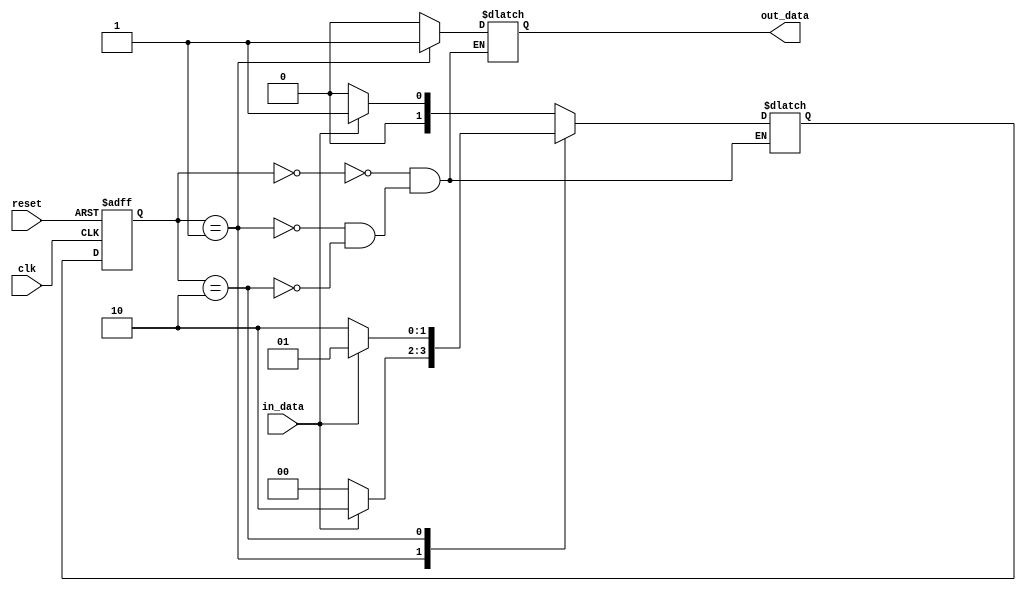
module moore_state_machine (
    input clk,
    input reset,
    input in_data,
    output reg out_data
);

// Define states
parameter STATE_0 = 2'b00;
parameter STATE_1 = 2'b01;
parameter STATE_2 = 2'b10;

// Define state register
reg [1:0] state_reg, next_state;

// State transition logic
always @(posedge clk or posedge reset)
begin
    if (reset)
        state_reg <= STATE_0;
    else
        state_reg <= next_state;
end

// Next state logic
always @(*)
begin
    case (state_reg)
        STATE_0: 
            begin
                if (in_data)
                    next_state = STATE_1;
                else
                    next_state = STATE_0;
            end
        STATE_1:
            begin
                if (in_data)
                    next_state = STATE_2;
                else
                    next_state = STATE_0;
            end
        STATE_2:
            begin
                if (in_data)
                    next_state = STATE_1;
                else
                    next_state = STATE_2;
            end
    endcase
end

// Output logic
always @(*)
begin
    case (state_reg)
        STATE_0:
            out_data = 1'b0;
        STATE_1:
            out_data = 1'b1;
        STATE_2:
            out_data = 1'b0;
    endcase
end

endmodule